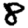
Digit: 8